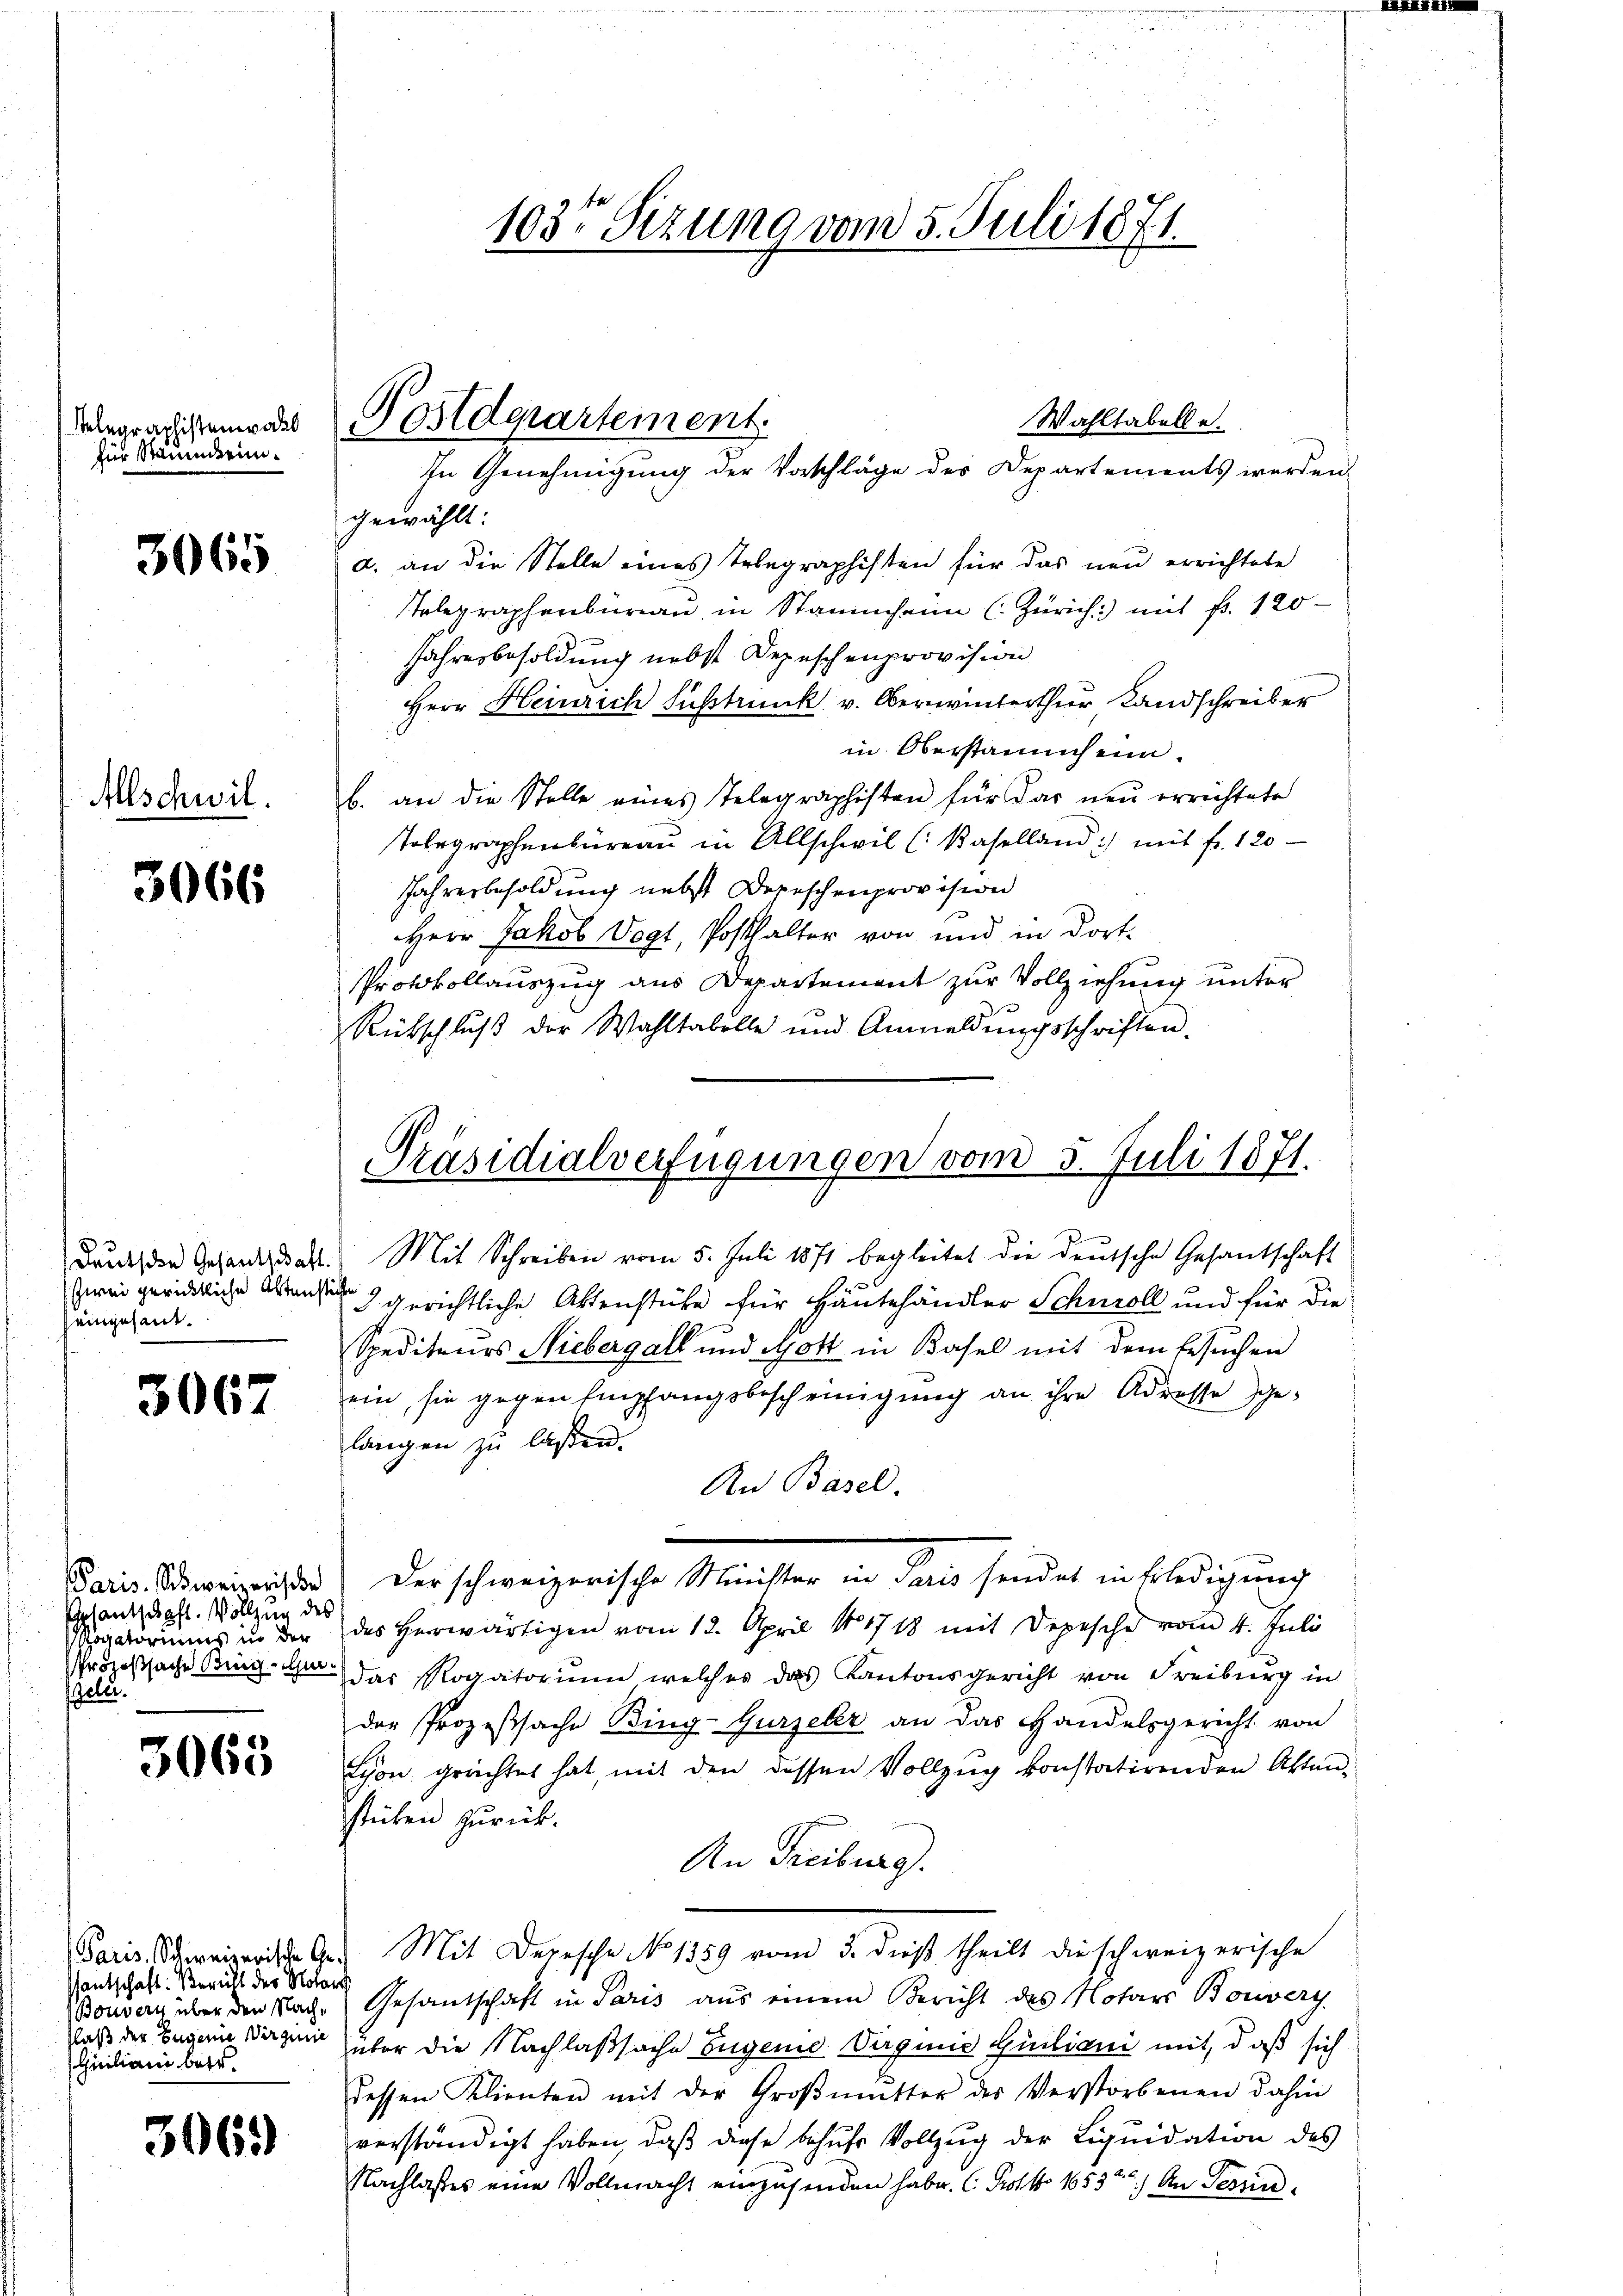
Telegraphistenwas
für Staumderin¬

3065

Alschwil.

3066

Deutschen Gesantschaft
zwei gerichtliche Aktenste
eingesant.

3067

Paris. Schweizerische
splantschaft. Vollzung des
sigatoriums in der
Prozeßsache Brig-Gur
Peler.

3065

antschaft: Bevill der Notar
Bouvern über den Nach¬
Flaß der Eugenie Virginie
Giiliani betr.

3069

103te Sizung vom 5. Juli 1871.

Poilderartement
In Genehmigung der Vorschläge des Departements worden

Präsidialverfügungen vom 5. Juli 1871.

Wahltabelle.
gewählt:
a. an die Stelle eines Erbegraphisten für das neu errichtete
Telegraphenburau in Stammheim (Zürich) mit fr. 120
Jahresbesoldung nebst Depeschenprovision
Herr Heinrich Fußstrunk v. Oberwinterthur Landschreiber
in Oberstammheim.
b. an die Stelle eines Telegraphisten für das neu errichtete
Tolegraphenbüreau in Allschwil (Baselland) mit fr. 120
Jahresbesoldung nebst Depeschenprovision
Herr Jakob Vogt, Posthalter von und in dort¬
Protokollauszug aus Departement zur Vollziehung unter
Rübschlŭβ der Wahltabelle und Anmeldŭngsschriften.
Mit Schreiben vom 5. Juli 1871 begleitet die deutsche Gesantschaft
ih
3 gerichtliche Aktenstüke für Häutehändler Schuroll und für die
Spediteurs Niebergalt und Gott in Basel mit dem Ersuchen
ein sie gegen Empfangsbescheinigung an ihre Adrette ge-
langen zu laßen.
An Basel.
Der schweizerische Ministen in dann sondert ein bledigung
des Herwärtigen vom 12. April 181718 mit Depesche vom 4. Juli
das Rogatorium welches das Kantonsgericht von Freiburg in
der Prozeßsache Bing-Gurzeler an das Handelsgericht von
Schon grachtet hat, mit den dessen Vollzug konstatirenden Aktenstücken zurück.
An Freiburg
Paris Schweizerische Ges. Mit Depesche No 1359 vom 3. dieß theilt die schweizerische
Gesandschaft in Paris aus einem Bericht des Notars Bouvery
über die Nachlaßsache Eugene Virginie Guiliani mit, daß sich
dessen Klienten mit der Groβmŭtter des Verstorbenen dahin
verständigt haben, daß diese behufs Vollzug der Liquidation des
Nachlasses eine Vollmacht einzusenden habe. C. Protko 1653) An Tessin